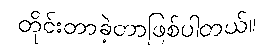
တိုင်းတာခဲ့တာဖြစ်ပါတယ်။